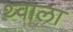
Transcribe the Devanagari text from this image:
थ्वाला